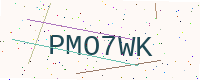
Text: PMO7WK